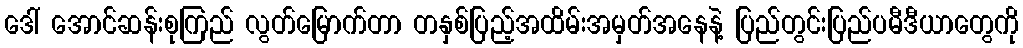
ဒေါ် အောင်ဆန်းစုကြည် လွတ်မြောက်တာ တနှစ်ပြည့်အထိမ်းအမှတ်အနေနဲ့ ပြည်တွင်းပြည်ပမီဒီယာတွေကို